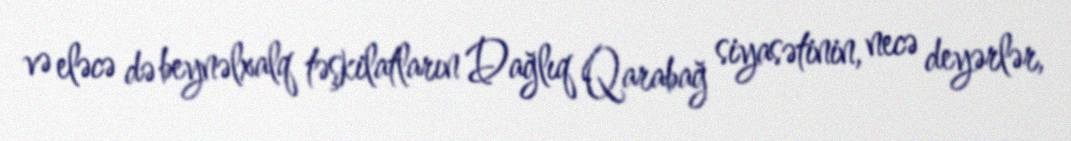
və eləcə də beynəlxalq təşkilatların Dağlıq Qarabağ siyasətinin, necə deyərlər,